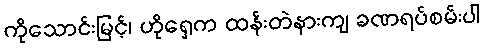
ကိုသောင်းမြင့်၊ ဟိုရှေ့က ထန်းတဲနားကျ ခဏရပ်စမ်းပါ